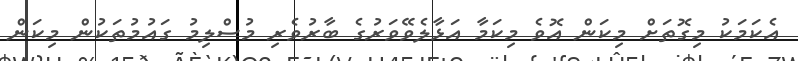
އެކަމަކު މިގޮތަށް މިކަން އޮވެ މިކަމާ އަޅާލެވޭވަރުގެ ބާރުވެރި މުސްލިމު ގައުމުތަކުން މިކަން